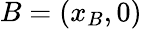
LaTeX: B=\left(x_{B},0\right)